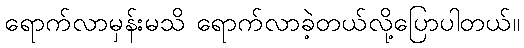
ရောက်လာမှန်းမသိ ရောက်လာခဲ့တယ်လို့ပြောပါတယ်။